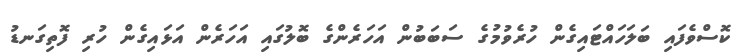
ކޮސްވެފައި ބަލަހައްޓައިގެން ހުރެވުމުގެ ސަބަބުން އަހަރެންގެ ބޮލުގައި އަހަރެން އަޅައިގެން ހުރި ފޮތިގަނޑު